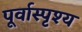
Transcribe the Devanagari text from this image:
पूर्वास्पृश्य